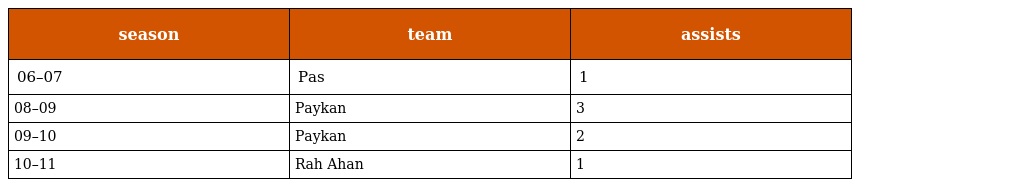
| season | team | assists |
 | --- | --- | --- |
 | 06–07 | Pas | 1 |
 | 08–09 | Paykan | 3 |
 | 09–10 | Paykan | 2 |
 | 10–11 | Rah Ahan | 1 |